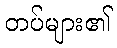
တပ်များ၏